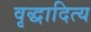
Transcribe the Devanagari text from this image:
वृद्धादित्य